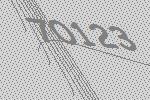
70123